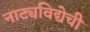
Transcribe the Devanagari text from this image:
नाट्यविद्येची